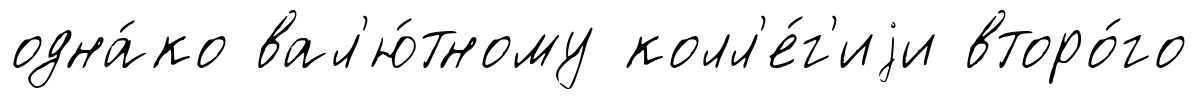
одна́ко вал'ю́тному колл'е́г'иjи второ́го